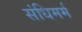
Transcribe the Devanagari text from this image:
संधिमर्म